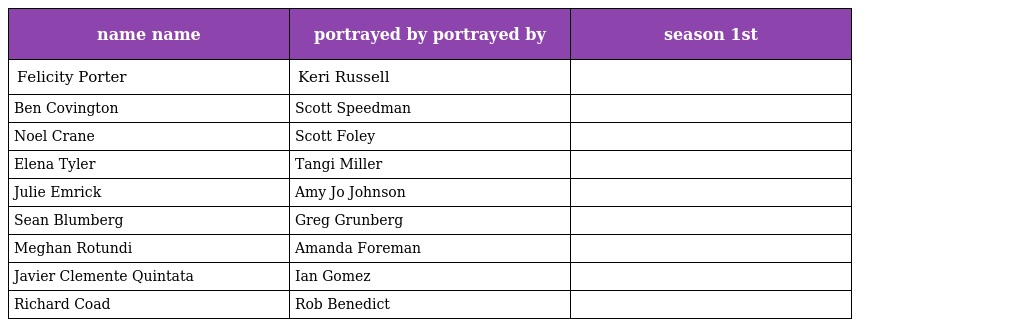
| name name | portrayed by portrayed by | season 1st |
 | --- | --- | --- |
 | Felicity Porter | Keri Russell |  |
 | Ben Covington | Scott Speedman |  |
 | Noel Crane | Scott Foley |  |
 | Elena Tyler | Tangi Miller |  |
 | Julie Emrick | Amy Jo Johnson |  |
 | Sean Blumberg | Greg Grunberg |  |
 | Meghan Rotundi | Amanda Foreman |  |
 | Javier Clemente Quintata | Ian Gomez |  |
 | Richard Coad | Rob Benedict |  |